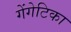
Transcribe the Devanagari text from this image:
गेंगेटिका